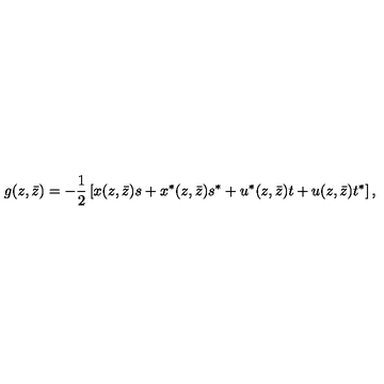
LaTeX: g ( z , \bar { z } ) = - \frac { 1 } { 2 } \left[ x ( z , \bar { z } ) s + x ^ { * } ( z , \bar { z } ) s ^ { * } + u ^ { * } ( z , \bar { z } ) t + u ( z , \bar { z } ) t ^ { * } \right] ,